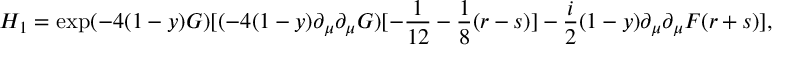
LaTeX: H _ { 1 } = \exp ( - 4 ( 1 - y ) G ) [ ( - 4 ( 1 - y ) \partial _ { \mu } \partial _ { \mu } G ) [ - \frac { 1 } { 1 2 } - \frac { 1 } { 8 } ( r - s ) ] - \frac { i } { 2 } ( 1 - y ) \partial _ { \mu } \partial _ { \mu } F ( r + s ) ] ,